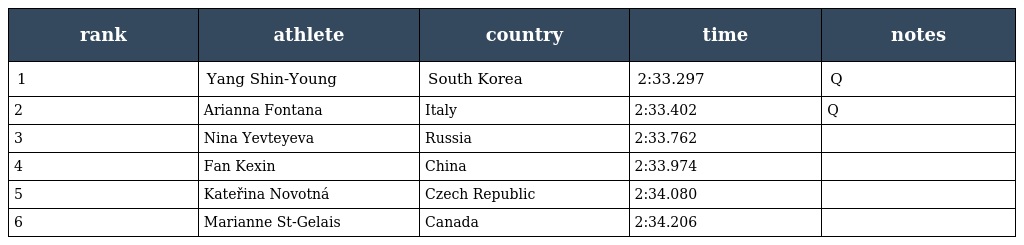
| rank | athlete | country | time | notes |
 | --- | --- | --- | --- | --- |
 | 1 | Yang Shin-Young | South Korea | 2:33.297 | Q |
 | 2 | Arianna Fontana | Italy | 2:33.402 | Q |
 | 3 | Nina Yevteyeva | Russia | 2:33.762 |  |
 | 4 | Fan Kexin | China | 2:33.974 |  |
 | 5 | Kateřina Novotná | Czech Republic | 2:34.080 |  |
 | 6 | Marianne St-Gelais | Canada | 2:34.206 |  |